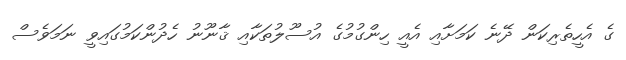
ގެ އެހީތެރިކަން ދޭނެ ކަމަށާއި އެއީ ހިންގުމުގެ އުސޫލުތަކާއި ޤާނޫނު ހެދުންކަމުގައިވީ ނަމަވެސް